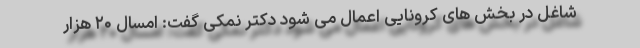
شاغل در بخش های کرونایی اعمال می شود دکتر نمکی گفت: امسال ۲۰ هزار